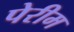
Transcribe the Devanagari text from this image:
पेरीम